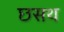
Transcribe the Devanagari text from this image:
छसथ